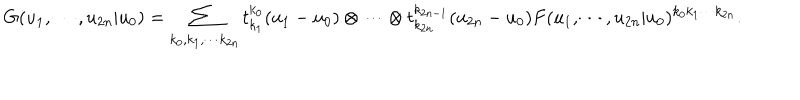
LaTeX: G ( u _ { 1 } , \cdots , u _ { 2 n } | u _ { 0 } ) = \sum _ { k _ { 0 } , k _ { 1 } , \cdots k _ { 2 n } } t _ { k _ { 1 } } ^ { k _ { 0 } } ( u _ { 1 } - u _ { 0 } ) \otimes \cdots \otimes t _ { k _ { 2 n } } ^ { k _ { 2 n - 1 } } ( u _ { 2 n } - u _ { 0 } ) F ( u _ { 1 } , \cdots , u _ { 2 n } | u _ { 0 } ) ^ { k _ { 0 } k _ { 1 } \cdots k _ { 2 n } } .